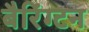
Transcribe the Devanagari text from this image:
बैरिंग्टन